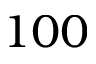
1 0 0